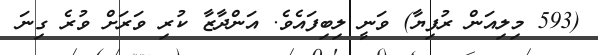
(593 މިލިއަން ރުފިޔާ) ވަނީ ލިބިފައެވެ. އަންދާޒާ ކުރި ވަރަށް ވުރެ ގިނަ